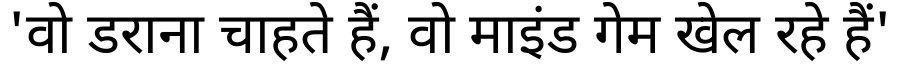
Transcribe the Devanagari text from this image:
'वो डराना चाहते हैं, वो माइंड गेम खेल रहे हैं'